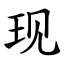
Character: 现